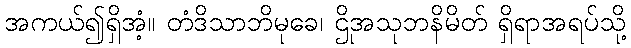
အကယ်၍ရှိအံ့။ တံဒိသာဘိမုခေ၊ ဌိုအသုဘနိမိတ် ရှိရာအရပ်သို့